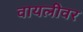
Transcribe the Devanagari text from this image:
वायलीवर